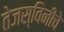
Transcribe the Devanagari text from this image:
तेजस्विनीचे